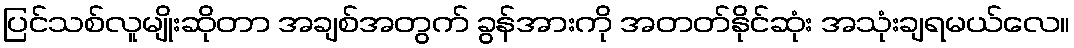
ပြင်သစ်လူမျိုးဆိုတာ အချစ်အတွက် ခွန်အားကို အတတ်နိုင်ဆုံး အသုံးချရမယ်လေ။